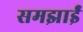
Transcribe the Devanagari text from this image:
समझाईं